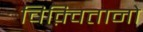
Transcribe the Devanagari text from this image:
चिक़्वितानो